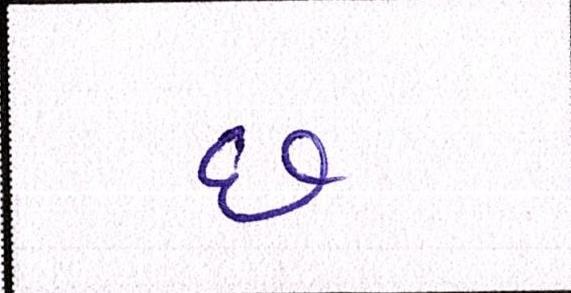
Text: છ